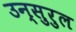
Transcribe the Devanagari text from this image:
उन्सुरुल